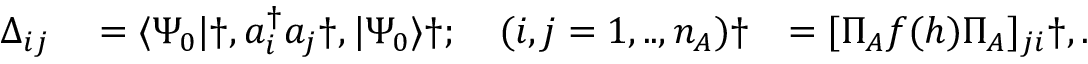
\begin{array} { r l r } { \Delta _ { i j } } & { { } = \langle \Psi _ { 0 } | \dag , a _ { i } ^ { \dagger } a _ { j } \dag , | \Psi _ { 0 } \rangle \dag ; \quad ( i , j = 1 , . . , n _ { A } ) \dag } & { = [ \Pi _ { A } f ( h ) \Pi _ { A } ] _ { j i } \dag , . } \end{array}